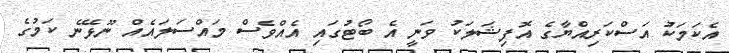
އެކަމަކު އަސްކަރިއްޔާގެ އޮފިޝަލަކު ވަނީ އެ ބޯޓުގައި އެއްވެސް މައްސަލައެއް ނޫޅޭނެ ކަމުގެ